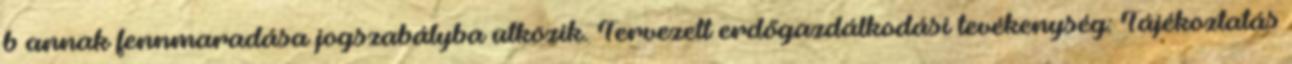
b annak fennmaradása jogszabályba ütközik. Tervezett erdőgazdálkodási tevékenység: Tájékoztatás